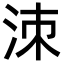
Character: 洓